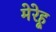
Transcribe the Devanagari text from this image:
मेरेहू